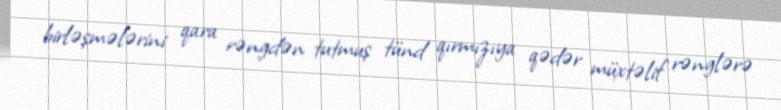
birləşmələrini qara rəngdən tutmuş tünd qırmızıya qədər müxtəlif rənglərə